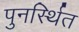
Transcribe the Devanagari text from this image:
पुनर्स्थित